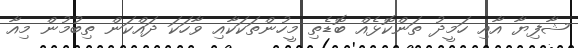
ޝާފިޔާ އާއި ހަމީދު ތަންކޮޅެއް ބޮޑެތި މީހުންތަކަކާއި ވާހަކަ ދައްކަން ތިބުމުން މިއާ